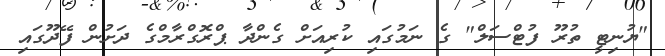
"ޔުނިޓީ ތުރޫ ފުޓްސަލް" ގެ ނަމުގައި ކުރިއަށް ގެންދާ ޕްރޮގްރާމްގެ ދަށުން ފޭދޫގައި